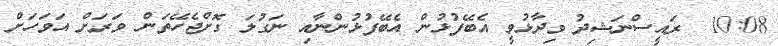
10:08  ރައީސްނަޝިދު ވިދާޅުވީ އެބޭފުޅުން އެބޭފުޅުންނާއި ނަގުލަ ގޮށްޖެހޭތަން ވަރަށް އަވަހަށް